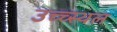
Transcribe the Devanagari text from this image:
उच्च्स्थल